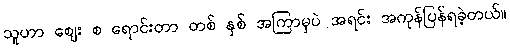
သူဟာ ဈေး စ ရောင်းတာ တစ် နှစ် အကြာမှပဲ အရင်း အကုန်ပြန်ရခဲ့တယ်။